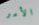
الأمر